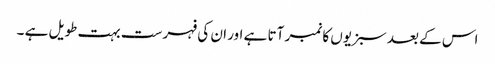
اس کے بعد سبزیوں کا نمبر آتا ہے اور ان کی فہرست بہت طویل ہے ۔